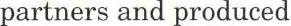
partners and produced